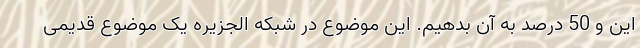
این و 50 درصد به آن بدهیم. این موضوع در شبکه الجزیره یک موضوع قدیمی